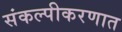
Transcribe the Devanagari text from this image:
संकल्पीकरणात